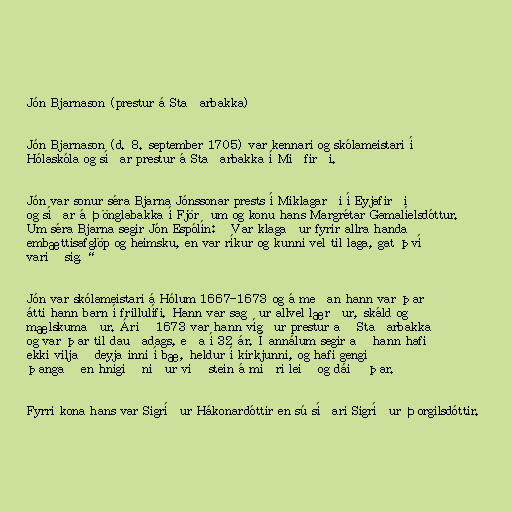
Jón Bjarnason (prestur á Staðarbakka)

Jón Bjarnason (d. 8. september 1705) var kennari og skólameistari í
Hólaskóla og síðar prestur á Staðarbakka í Miðfirði.

Jón var sonur séra Bjarna Jónssonar prests í Miklagarði í Eyjafirði
og síðar á Þönglabakka í Fjörðum og konu hans Margrétar Gamalíelsdóttur.
Um séra Bjarna segir Jón Espólín: „Var klagaður fyrir allra handa
embættisafglöp og heimsku, en var ríkur og kunni vel til laga, gat því
varið sig.“

Jón var skólameistari á Hólum 1667-1673 og á meðan hann var þar
átti hann barn í frillulífi. Hann var sagður allvel lærður, skáld og
mælskumaður. Árið 1673 var hann vígður prestur að Staðarbakka
og var þar til dauðadags, eða í 32 ár. Í annálum segir að hann hafi
ekki viljað deyja inni í bæ, heldur í kirkjunni, og hafi gengið
þangað en hnigið niður við stein á miðri leið og dáið þar.

Fyrri kona hans var Sigríður Hákonardóttir en sú síðari Sigríður Þorgilsdóttir.